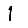
Digit: 1